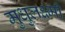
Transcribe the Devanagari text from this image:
मुधुलक्ष्मी